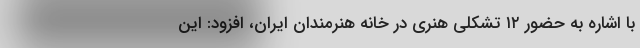
با اشاره به حضور ۱۲ تشکلی هنری در خانه هنرمندان ایران، افزود: این